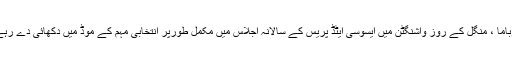
مسٹر اوباما ، منگل کے روز واشنگٹن میں ایسوسی ایٹڈ پریس کے سالانہ اجلاس میں مکمل طورپر انتخابی مہم کے موڈ میں دکھائی دے رہے تھے۔